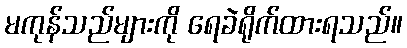
မကုန်သည်များကို ရေခဲရိုက်ထားရသည်။